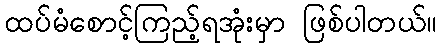
ထပ်မံစောင့်ကြည့်ရအုံးမှာ ဖြစ်ပါတယ်။